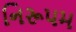
નિરૂપમ